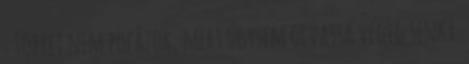
: Többet nem pofázok, mert úgysem olvassa végig senki.